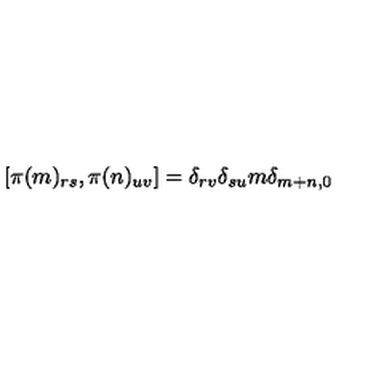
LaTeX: [ \pi ( m ) _ { r s } , \pi ( n ) _ { u v } ] = \delta _ { r v } \delta _ { s u } m \delta _ { m + n , 0 }